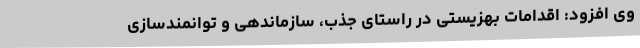
وی افزود: اقدامات بهزیستی در راستای جذب، سازماندهی و توانمندسازی